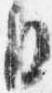
目